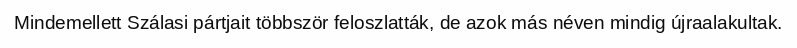
Mindemellett Szálasi pártjait többször feloszlatták, de azok más néven mindig újraalakultak.